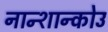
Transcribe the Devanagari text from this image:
नान्शान्कोउ